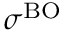
\sigma ^ { \mathrm { B O } }